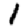
Digit: 1